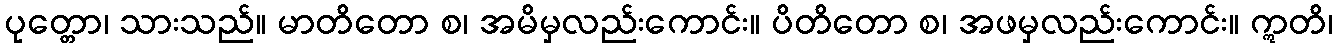
ပုတ္တော၊ သားသည်။ မာတိတော စ၊ အမိမှလည်းကောင်း။ ပိတိတော စ၊ အဖမှလည်းကောင်း။ ဣတိ၊